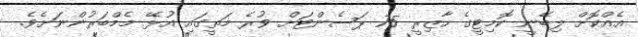
އެއްކޮށް ލިބޭނީ ކޮމިޓީގެ ހާޒިރީ 75 ޕަސެންޓަށް ވުރެ މަތީގައި އުޅޭ މެމްބަރުންނަށެވެ.